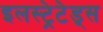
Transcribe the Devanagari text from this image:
इलस्ट्रेटेड्स